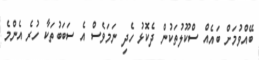
ބޭއްވުމަށް ބައެއް ސްކޫލުތަކުން ދެކޮޅު ހެދި ނަމަވެސް އެ ސަބަބުތަކާ ހުރެ އެންމެ